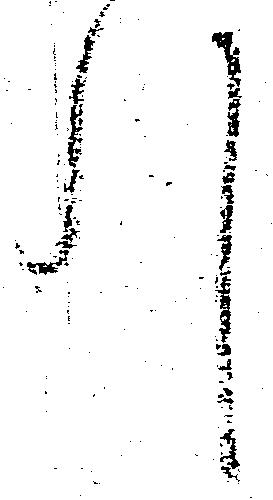
引